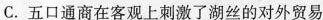
C.五口通商在客观上刺激了湖丝的对外贸易